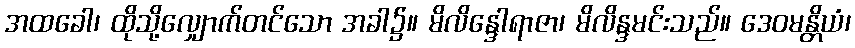
အထခေါ၊ ထိုသို့လျှောက်တင်သော အခါ၌။ မိလိန္ဒေါရာဇာ၊ မိလိန္ဒမင်းသည်။ ဒေဝမန္တိယံ၊